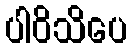
ပါဝိသိပေ